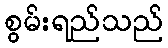
စွမ်းရည်သည်